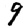
Digit: 9